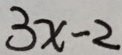
3 x - 2